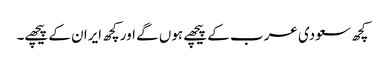
کچھ سعودی عرب کے پیچھے ہوں گے اور کچھ ایران کے پیچھے۔